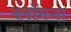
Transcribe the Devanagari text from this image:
ब्लॉगना